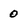
Character: 0